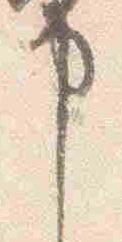
申